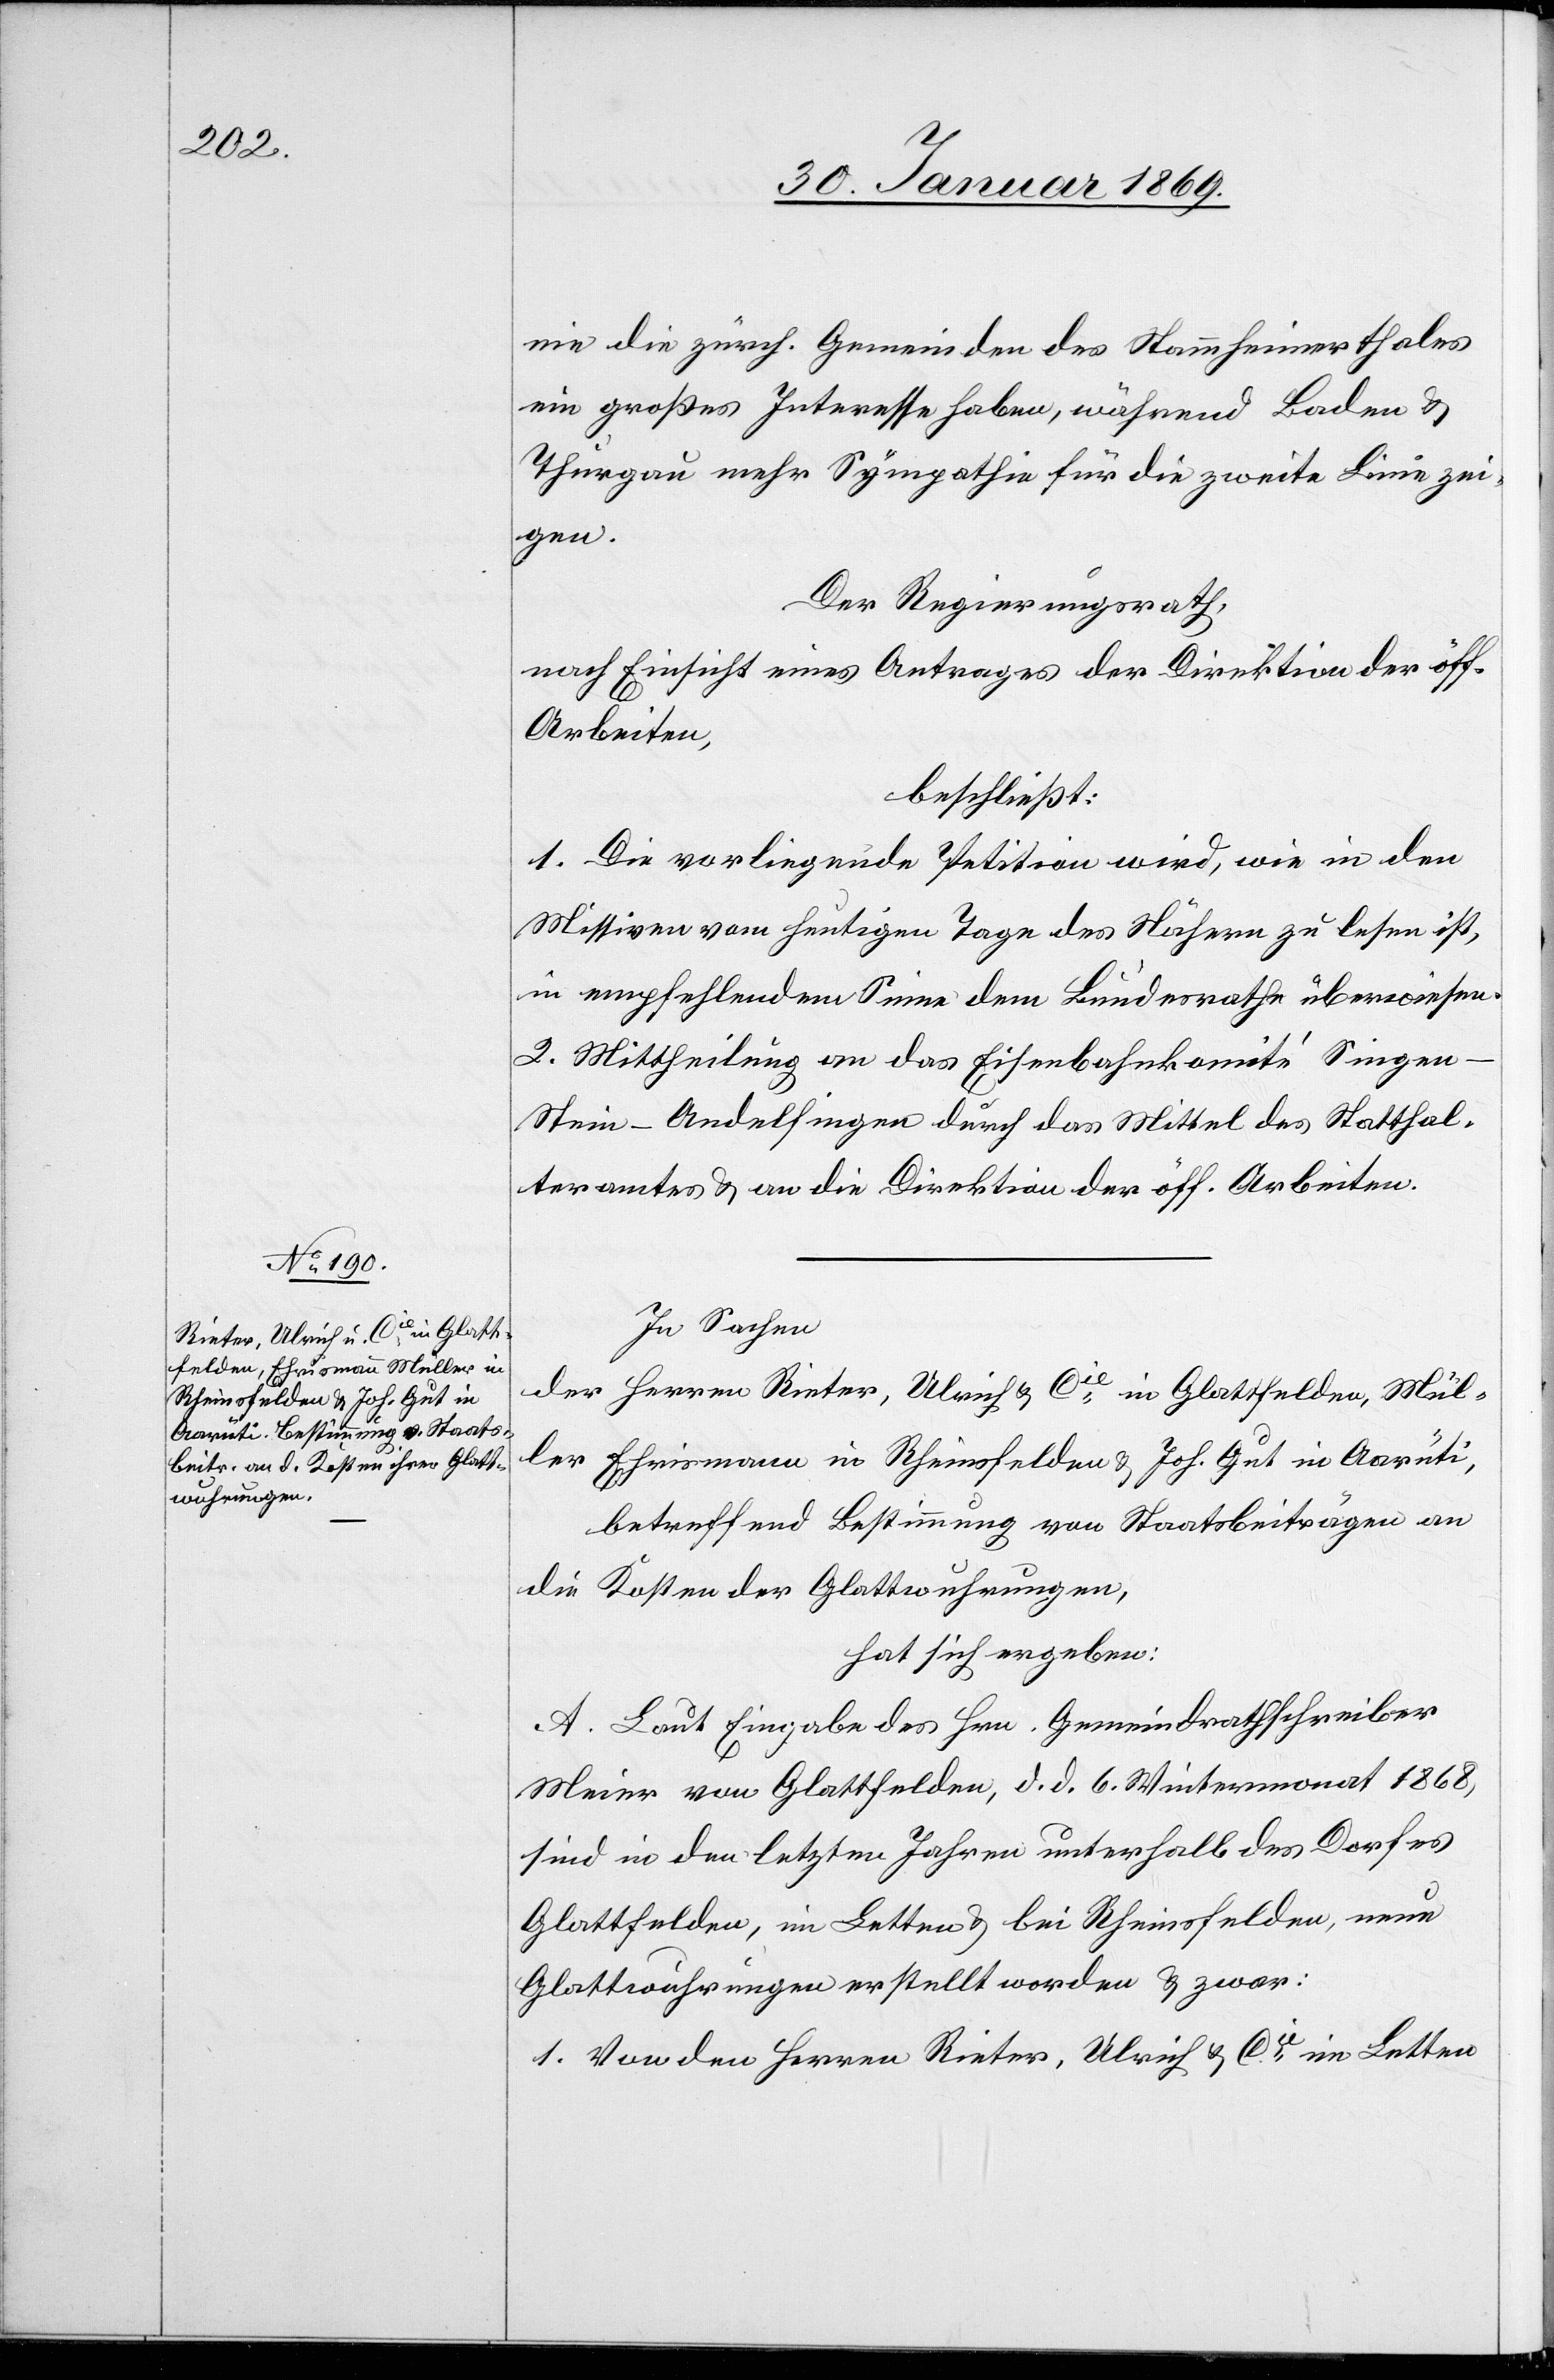
nie die zürch. Gemeinden des Stammheimerthales
ein großes Interesse haben, während Baden u.
Thurgau mehr Sympathie für die zweite Linie zei¬
gen.
Der Regierungsrath,
nach Einsicht eines Antrages der Direktion der öff.
Arbeiten,
beschließt:
1. Die vorliegende Petition wird, wie in den
Missiven vom heutigen Tage des Nähern zu lesen ist,
in empfehlendem Sinne dem Bundesrathe überwiesen.
2. Mittheilung an das Eisenbahnkomité Singen–S¬
tein–Andelfingen durch das Mittel des Statthal¬
teramtes u. an die Direktion der öff. Arbeiten.
In Sachen
der Herren Rieter, Ulrich u. Cie in Glattfelden, Mül¬
ler Ehrismann in Rheinsfelden u. Joh. Gut in Aarüti,
betreffend Bestimmung von Staatsbeiträgen an
die Kosten der Glattwuhrungen,
hat sich ergeben:
A. Laut Eingabe des Hrn. Gemeindrathschreiber
Meier von Glattfelden, d. d. 6. Wintermonat 1868,
sind in den letzten Jahren unterhalb des Dorfes
Glattfelden, im Letten u. bei Rheinsfelden, neue
Glattwuhrungen erstellt worden u. zwar:
1. von den Herrn Rieter, Ulrich u. Cie im Letten